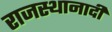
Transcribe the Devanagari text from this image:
राजस्थानादी